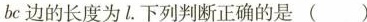
bc边的长度为l.下列判断正确的是 ( )